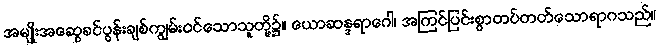
အမျိုးအဆွေခင်ပွန်းချစ်ကျွမ်းဝင်သောသူတို့၌။ ယောဆန္ဒရာဂေါ၊ အကြင်ပြင်းစွာတပ်တတ်သောရာဂသည်။